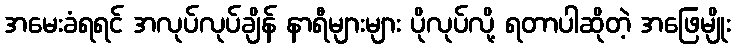
အမေးခံရရင် အလုပ်လုပ်ချိန် နာရီများများ ပိုလုပ်လို့ ရတာပါဆိုတဲ့ အဖြေမျိုး